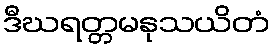
ဒီဃရတ္တမနုသယိတံ